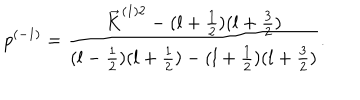
p ^ { ( - 1 ) } = \frac { \vec { K } ^ { ( 1 ) 2 } - ( l + \frac { 1 } { 2 } ) ( l + \frac { 3 } { 2 } ) } { ( l - \frac { 1 } { 2 } ) ( l + \frac { 1 } { 2 } ) - ( l + \frac { 1 } { 2 } ) ( l + \frac { 3 } { 2 } ) } .